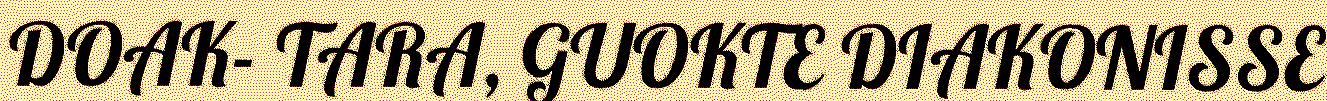
DOAK- TARA, GUOKTE DIAKONISSE